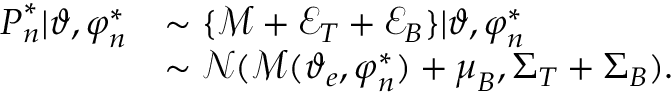
\begin{array} { r l } { \boldsymbol { P } _ { n } ^ { * } | \boldsymbol { \vartheta } , \boldsymbol { \varphi } _ { n } ^ { * } } & { \sim \{ \mathcal { M } + \mathcal { E } _ { T } + \mathcal { E } _ { B } \} | \boldsymbol { \vartheta } , \boldsymbol { \varphi } _ { n } ^ { * } } \\ & { \sim \mathcal { N } ( \mathcal { M } ( \boldsymbol { \vartheta } _ { e } , \boldsymbol { \varphi } _ { n } ^ { * } ) + \boldsymbol \mu _ { B } , \boldsymbol \Sigma _ { T } + \boldsymbol \Sigma _ { B } ) . } \end{array}